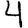
Digit: 4